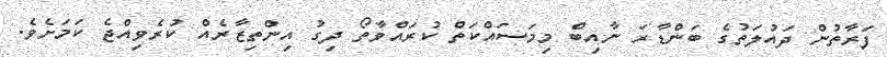
ފަރާތުން ދައުލަތުގެ ބަންޑާރަ ނާއިބް މިމަސައްކަތް ކުރައްވާތޯ ދިގު އިންތިޒާރެއް ކުރެވިއްޖެ ކަމަށެވެ.